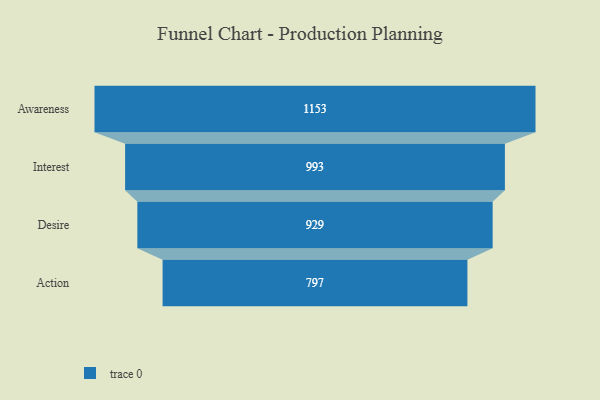
{"axis": {"x": "Stage", "y": "Value"}, "legend": [""], "data": [{"x": "Awareness", "y": 1153.0, "type": ""}, {"x": "Interest", "y": 993.0, "type": ""}, {"x": "Desire", "y": 929.0, "type": ""}, {"x": "Action", "y": 797.0, "type": ""}]}